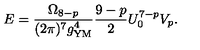
E = \frac { \Omega _ { 8 - p } } { ( 2 \pi ) ^ { 7 } g _ { \mathrm { Y M } } ^ { 4 } } \frac { 9 - p } { 2 } U _ { 0 } ^ { 7 - p } V _ { p } .